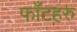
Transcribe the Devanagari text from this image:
फाँटहरु